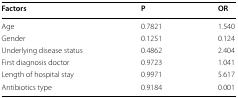
<table><thead><tr><td><b>Factors</b></td><td><b>P</b></td><td><b>OR</b></td></tr></thead><tbody><tr><td>Age</td><td>0.7821</td><td>1.540</td></tr><tr><td>Gender</td><td>0.1251</td><td>0.124</td></tr><tr><td>Underlying disease status</td><td>0.4862</td><td>2.404</td></tr><tr><td>First diagnosis doctor</td><td>0.9723</td><td>1.041</td></tr><tr><td>Length of hospital stay</td><td>0.9971</td><td>5.617</td></tr><tr><td>Antibiotics type</td><td>0.9184</td><td>0.001</td></tr></tbody></table>